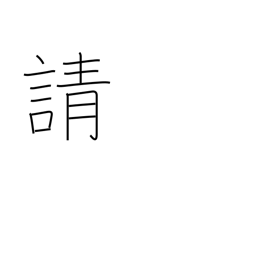
Meaning: solicit